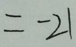
= - 2 1